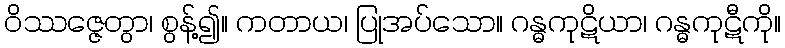
ဝိဿဇ္ဇေတွာ၊ စွန့်၍။ ကတာယ၊ ပြုအပ်သော။ ဂန္ဓကုဋိယာ၊ ဂန္ဓကုဋီကို။